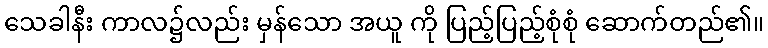
သေခါနီး ကာလ၌လည်း မှန်သော အယူ ကို ပြည့်ပြည့်စုံစုံ ဆောက်တည်၏။